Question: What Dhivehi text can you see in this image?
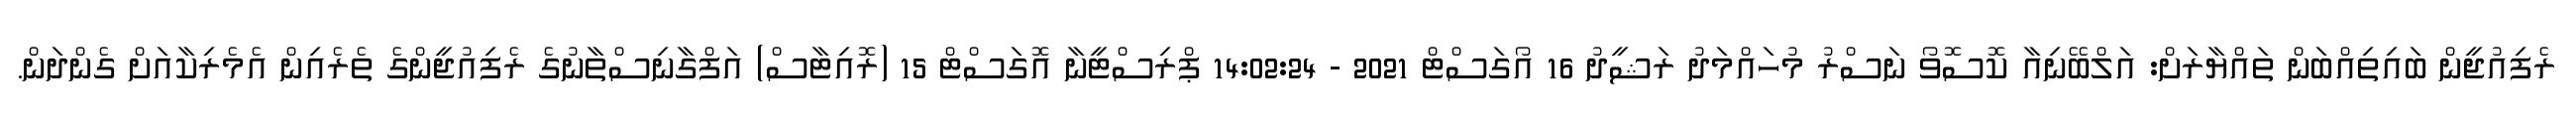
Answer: ރެފިއުޖީން ބައިތިއްބަން ތައްޔާރަށް: އަލްބޭނިއާ ކޮސޮވޯ ނަސްރު މުހައްމަދު ރަޝީދު 16 އޯގަސްޓް 2021 - 14:02:24 ޕްރިސްޓީނާ އޮގަސްޓް 15 (ރޮއިޓާސް) އަފްގާނިސްތާނުގެ ރެފިއުޖީންގެ ތެރެއިން އެމެރިކާއަށް ގެންދަން.